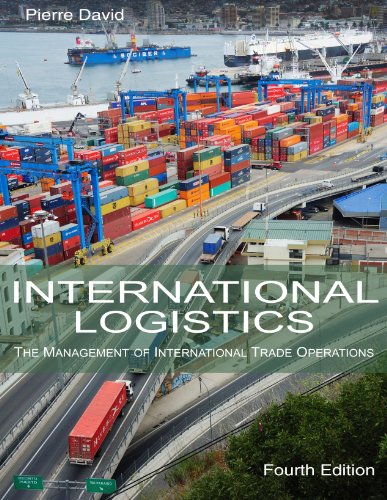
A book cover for International Logistics: The Management of International Trade Operations; Pierre A. David; Business & Money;